system: You are a helpful assistant.
user:
Analyze the provided spectrum to determine if it is a **White Dwarf (WD)**.

A White Dwarf spectrum is defined by its **extreme purity** (due to gravitational settling) and/or **extreme pressure broadening** (due to high surface gravity). You must check for one of the following mutually exclusive signatures:

- **Key Visual Indicators (Check for ONE of these types):**

    - **1. DA-Type Signature (Most Common):**
        - **(Primary Feature):** Extreme pressure broadening (Stark broadening) of the **Hydrogen (H) Balmer lines**.
        - **(Key Lines):** $H\beta$ (approx. $4861$ Å) and $H\gamma$ (approx. $4340$ Å). $H\alpha$ (approx. $6563$ Å) will also be present if the wavelength range covers it.
        - **(Line Profile):** This is the **defining feature**. The lines are **NOT** sharp. They appear as massive, **extremely broad and deep "troughs" or "dips"** in the spectrum, often hundreds of Ångströms wide. The continuum will appear to "scoop" down at these wavelengths.
        - **(Distinction):** Normal A-type or B-type stars have *narrow* and *sharp* Hydrogen lines. A DA White Dwarf's lines are unmistakably "smeared" or "blurry" from pressure.

    - **2. DB-Type Signature:**
        - **(Primary Feature):** Broad absorption lines from **Neutral Helium (He I)**. The spectrum must lack any visible Hydrogen lines.
        - **(Key Lines):** Look for broad absorption near $4471$ Å, $4921$ Å, and $5876$ Å.
        - **(Line Profile):** These lines are also significantly pressure-broadened, appearing much wider than they would in a normal B-type main-sequence star.

    - **3. DC-Type Signature:**
        - **(Primary Feature):** A **featureless continuous spectrum**.
        - **(Line Profile):** The spectrum is a smooth curve with **no significant absorption or emission lines**.
        - **(Key Confirmation):** The continuum is almost always **blue or white**, indicating a hot object. This signature implies the atmosphere is so pure (or so cool) that no spectral lines are visible in the optical range. Its WD identity is confirmed by its extremely low intrinsic brightness (high absolute magnitude).

    - **4. DZ-Type Signature (Metal-Polluted):**
        - **(Primary Feature):** **Isolated, narrow metal absorption lines** on an otherwise featureless (DC-like) continuum.
        - **(Key Lines):** The **Calcium (Ca II) H & K doublet** (approx. **$3934$ Å** and **$3968$ Å**) is the most common and defining feature.
        - **(Line Profile):** These lines are "out of place." They are *not* part of a "forest" of thousands of lines. This signature is evidence of recent *accretion* (pollution) from rocky debris.
        - **(Distinction):** Normal G/K/M stars have a *dense forest* of thousands of metal lines. A DZ has a *clean* continuum with *only a few* strong metal lines.

    - **5. DQ-Type Signature (Carbon-Polluted):**
        - **(Primary Feature):** Absorption bands from **Carbon (C₂ "Swan Bands" or atomic C I)**.
        - **(Key Lines - C₂):** Look for bandheads with a "saw-tooth" shape near $5635$ Å, **$5165$ Å** (strongest), and $4737$ Å.
        - **(Key Confirmation):** The underlying **continuum must be blue or white** (hot).
        - **(Distinction):** This is the critical difference from a **Carbon Star**, which has the *exact same* C₂ bands but on an extremely **red, cool** continuum.

- **(Overall Spectrum):**
    - The continuum (overall shape) is typically **blue-sloping** (brighter in the blue than the red), as most white dwarfs are very hot.
    - The spectrum will look "pure" or "simple," dominated by only *one* of the five signatures listed above.

Think first, call **spectral_visualization_tool** if needed to examine features in detail, then provide your final answer. Your response must adhere to the following strict rules:
1.  **Overall Structure:** Your response must follow the format `<think>...</think> <tool_call>...</tool_call> (if a tool is used) <answer>...</answer>`.
2.  **Tool Usage Constraint:** You may only make **one** tool call per turn.
3.  **Final Answer Format:** In the `<answer>` tag, your conclusion must be inside a `\boxed{}` command (e.g., `\boxed{YES}` or `\boxed{NO}`), followed by your justification.

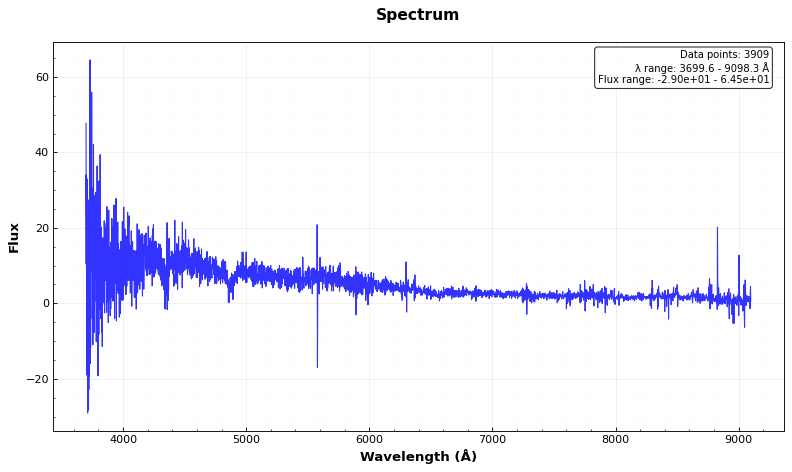
Answer: YES